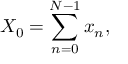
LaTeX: X _ { 0 } = \sum _ { n = 0 } ^ { N - 1 } x _ { n } ,